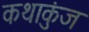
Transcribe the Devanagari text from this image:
कथाकुंज